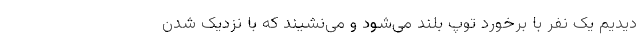
دیدیم یک نفر با برخورد توپ بلند می‌شود و می‌نشیند که با نزدیک شدن